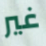
غير